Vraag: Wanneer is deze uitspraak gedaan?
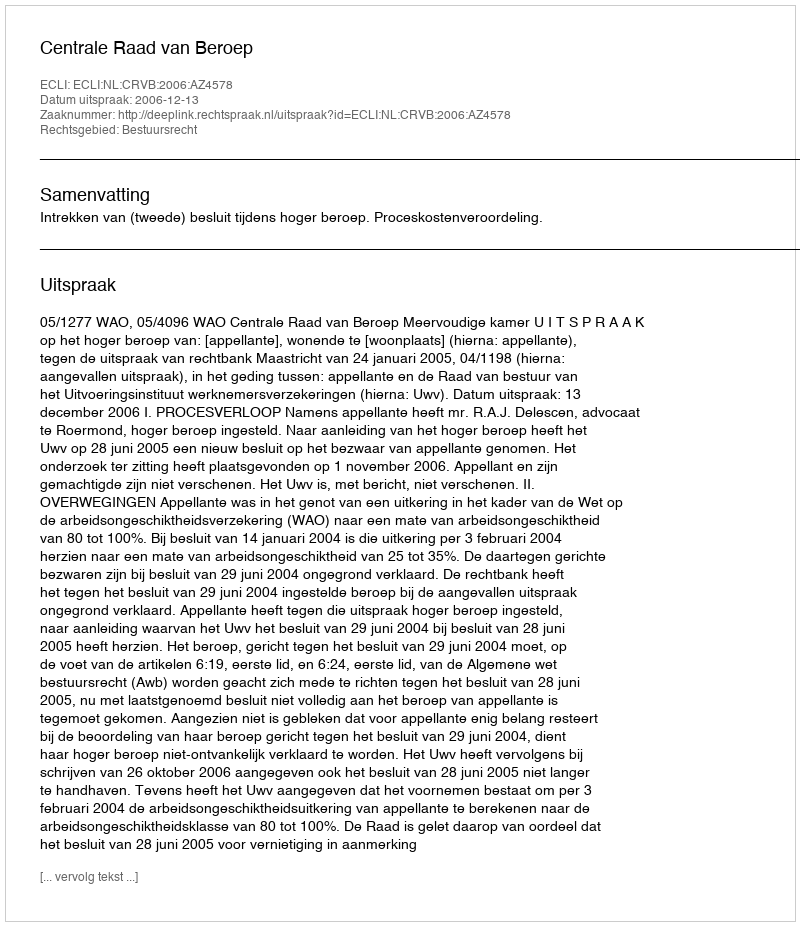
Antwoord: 2006-12-13